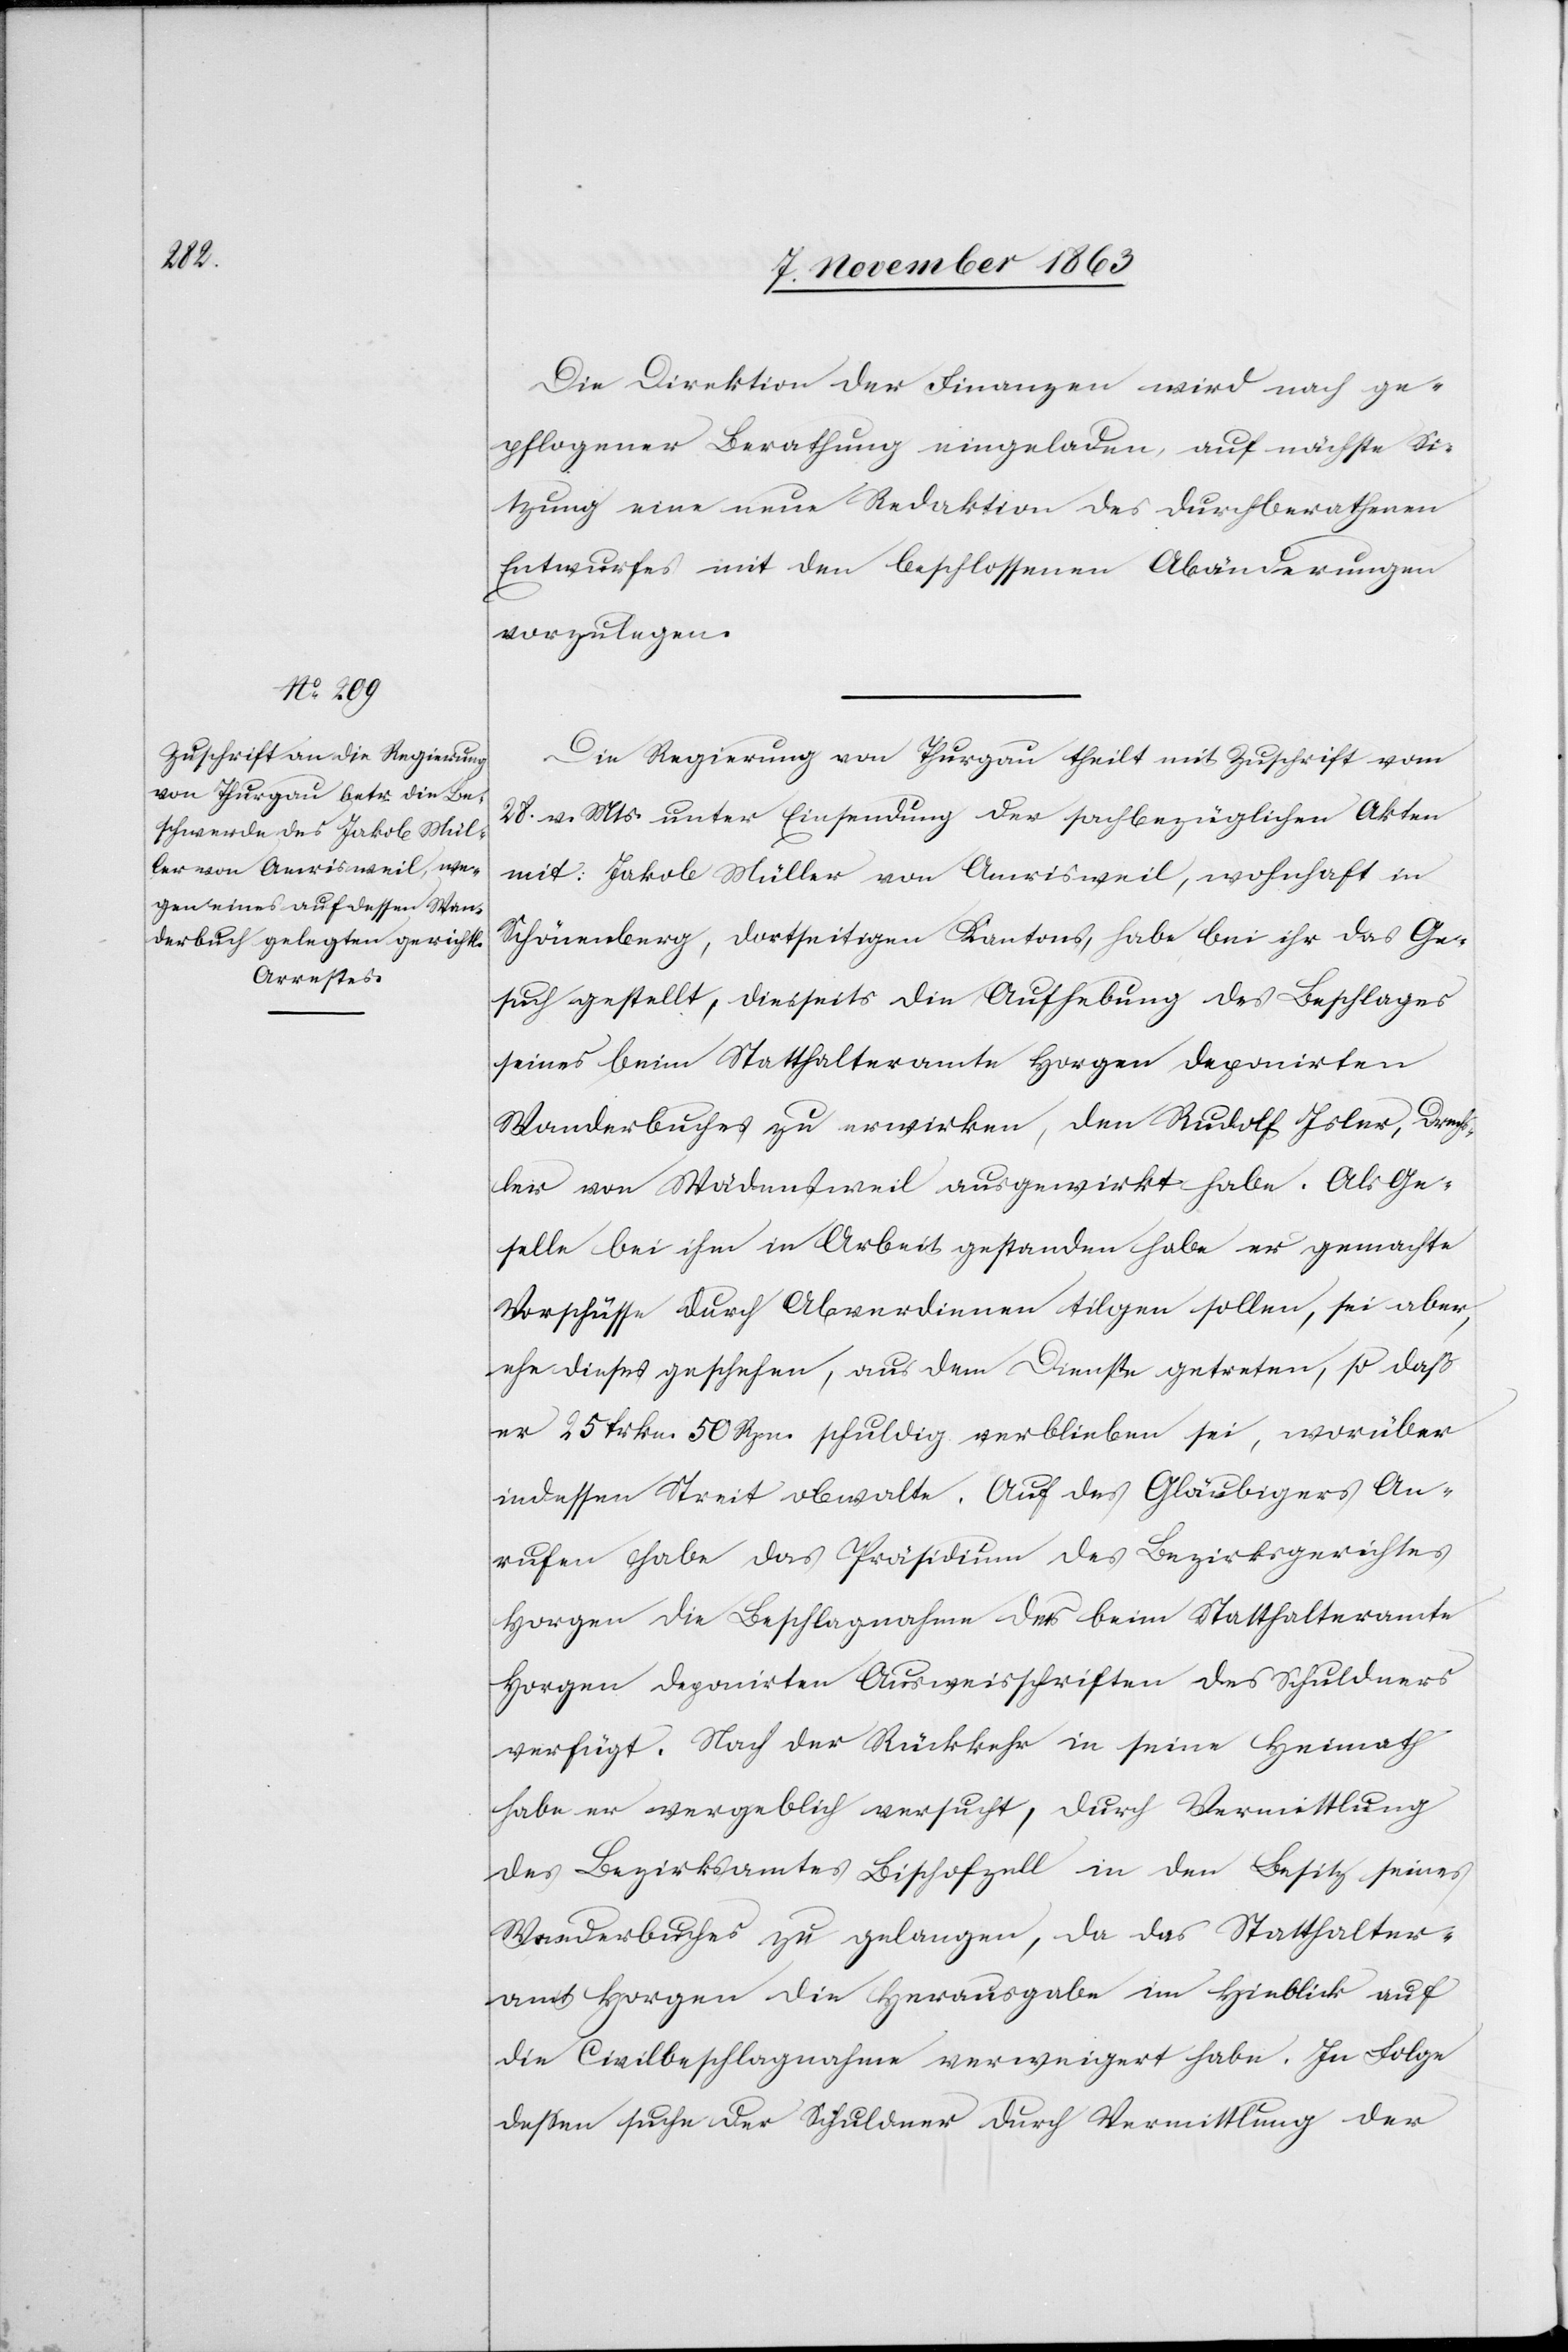
Die Direktion der Finanzen wird nach ge¬
pflogener Berathung eingeladen, auf nächste Si¬
tzung eine neue Redaktion des durchberathenen
Entwurfes mit den beschlossenen Abänderungen
vorzulegen.
Die Regierung von Thurgau theilt mit Zuschrift vom
28. v. Mts. unter Einsendung der sachbezüglichen Akten
mit: Jakob Müller von Amrisweil, wohnhaft in
Schönenberg, dortseitigen Kantons, habe bei ihr das Ge¬
such gestellt, diesseits die Aufhebung des Beschlages
seines beim Statthalteramte Horgen deponirten
Wanderbuches zu erwirken, den Rudolf Isler, Drechs¬
ler von Wädensweil ausgewirkt habe. Als Ge¬
selle bei ihm in Arbeit gestanden habe er gemachte
Vorschüsse durch Abverdienen tilgen sollen, sei aber,
ehe dieses geschehen, aus dem Dienste getreten, so daß
er 25 frkn. 50 Rpn. schuldig verblieben sei, worüber
indessen Streit obwalte. Auf des Gläubigers An¬
rufen habe das Präsidium des Bezirksgerichtes
Horgen die Beschlagnahme der beim Statthalteramte
Horgen deponirten Ausweisschriften des Schuldners
verfügt. Nach der Rückkehr in seine Heimath
habe er vergeblich versucht, durch Vermittlung
des Bezirksamtes Bischofzell in den Besitz seines
Wanderbuches zu gelangen, da das Statthalter¬
amt Horgen die Herausgabe im Hinblick auf
die Civilbeschlagnahme verweigert habe. In Folge
dessen suche der Schuldner durch Vermittlung der